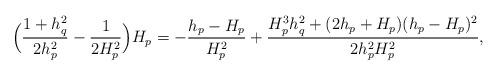
LaTeX: \begin{align*} \Big( \frac{1+h_q^2}{2h_p^2} - \frac 1{2H_p^2} \Big) H_p &= -\frac{h_p-H_p}{H_p^2} + \frac{H_p^3 h^2_q + (2h_p + H_p)(h_p-H_p)^2}{2h_p^2 H_p^2}, \end{align*}